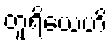
တူရိယေဟိ